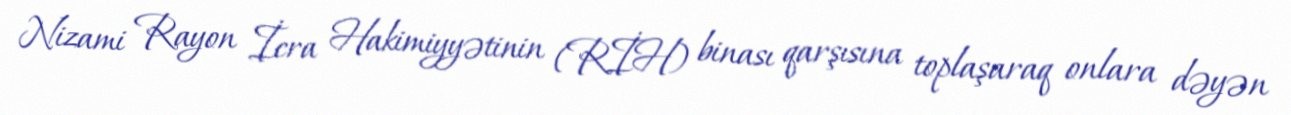
Nizami Rayon İcra Hakimiyyətinin (RİH) binası qarşısına toplaşaraq onlara dəyən